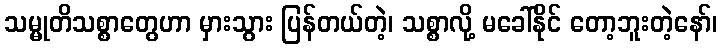
သမ္မုတိသစ္စာတွေဟာ မှားသွား ပြန်တယ်တဲ့၊ သစ္စာလို့ မခေါ်နိုင် တော့ဘူးတဲ့နော်၊